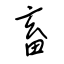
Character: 畜